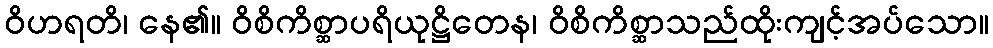
ဝိဟရတိ၊ နေ၏။ ဝိစိကိစ္ဆာပရိယုဋ္ဌိတေန၊ ဝိစိကိစ္ဆာသည်ထိုးကျင့်အပ်သော။